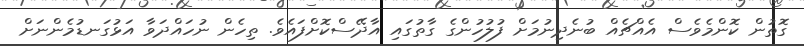
ގޮތުން ކޮންމެވެސް އެއްޗެއް ބުނެދިނުމަށް ފުލުހުންގެ ގާތުގައި އާދޭސްކޮށްފައެވެ. ތިހެން ނުހައްދަވާ އަޅުގަނޑުމެންނަށް